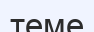
теме